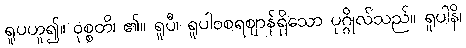
ရူပဟူ၍။ ဝုစ္စတိ၊ ၏။ ရူပီ၊ ရူပါဝစရဈာန်ရှိသော ပုဂ္ဂိုလ်သည်။ ရူပါနိ၊